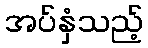
အပ်နှံသည့်